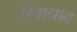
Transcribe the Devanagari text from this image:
हिमधाव